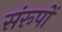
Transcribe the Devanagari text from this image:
संरूपों